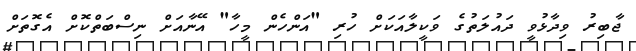
ޖާބިރު ވިދާޅުވީ ދައުލަތުގެ ވަކީލާއަކަށް ހުރި "އަންހެން މީހާ" އޭނާއަށް ނިސްބަތްކޮށް އެގޮތަށް